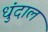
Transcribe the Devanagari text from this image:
धुंदाल